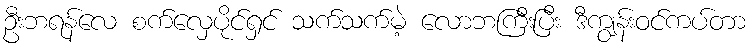
ဦးဘရန်လေ စက်လှေပိုင်ရှင် သက်သက်မဲ့ လောဘကြီးပြီး ဒီကျွန်းဝင်ကပ်တာ